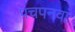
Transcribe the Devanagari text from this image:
पचपनवां